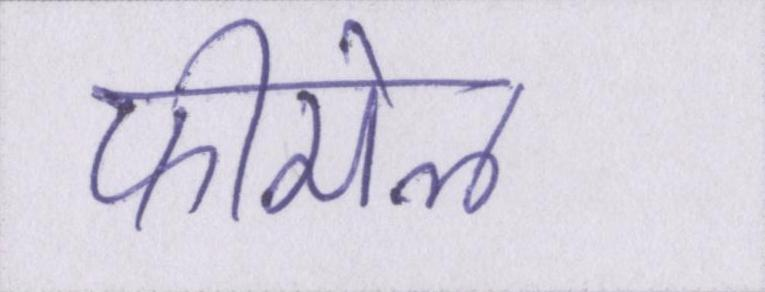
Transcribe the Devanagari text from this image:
फीमेल